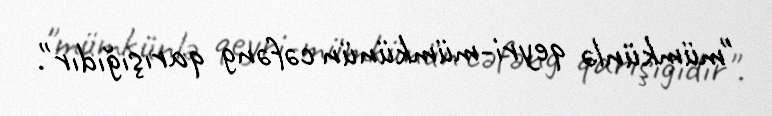
"mümkünlə qeyri-mümkünün cəfəng qarışığıdır".